Annual report of the Punjab Veterinary College and of the Civil Veterinary Department, Punjab - 1909-1919
Year: 1909
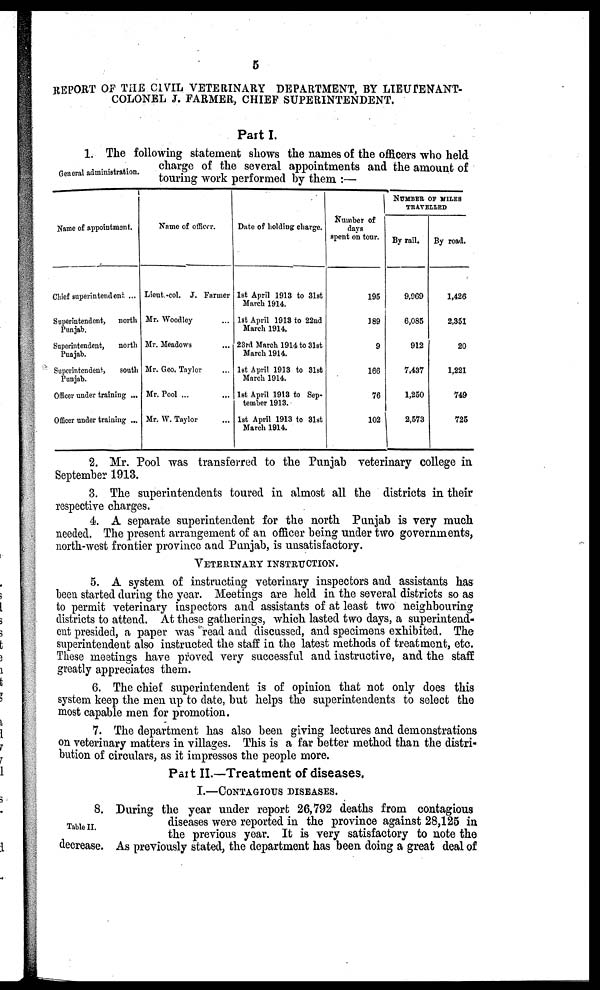
5
REPORT OF THE CIVIL VETERINARY DEPARTMENT, BY LIEUTENANT-
COLONEL J. FARMER, CHIEF SUPERINTENDENT.
Part I.
General administration.
1. The following statement shows the names of the officers who held
charge of the several appointments and the amount of
touring work performed by them:—
Name of appointment.
Chief superintendent ...
Superintendent,
north
Punjab.
Superintendent,
north
Punjab.
Superintendent,
south
Punjab.
Officer under training ...
Officer under training ...
Name of officer.
Lieut.-col. J. Farmer
Mr. Woodley ...
Mr. Meadows ...
Mr. Geo. Taylor ...
Mr. Pool ...
Mr. W. Taylor ...
Date of holding charge.
1st April 1913 to 31st
March 1914.
1st April 1913 to 22nd
March 1914.
23rd March 1914 to 31st
March 1914.
1st April 1913 to 31st
March 1914.
1st April 1913 to Sep-
tember 1913.
1st April 1913 to 31st
March 1914.
Number of
days
spent on tour.
195
389
9
166
76
102
NUMBER OF MILES
TRAVELLED
By rail.
9,969
6,085
912
7,437
1,250
2,573
By road.
1,426
2,351
20
1,221
749
725
2. Mr. Pool was transferred to the Punjab veterinary college in
September 1913.
3. The superintendents toured in almost all the districts in their
respective charges.
4 A separate superintendent for the north Punjab is very much
needed. The present arrangement of an officer being under two governments,
north-west frontier province and Punjab, is unsatisfactory.
VETERINARY
NSTRUCTION.
5. A system of instructing veterinary inspectors and assistants has
been started during the year. Meetings are held in the several districts so as
to permit veterinary inspectors and assistants of at least two neighbouring
districts to attend. At these gatherings, which lasted two days, a superintend-
ent presided, a paper was read and discussed, and specimens exhibited. The
superintendent also instructed the staff in the latest methods of treatment, etc.
These meetings have proved very successful and instructive, and the staff
greatly appreciates them.
6. The chief superintendent is of opinion that not only does this
system keep the men up to date, but helps the superintendents to select the
most capable men for promotion.
7. The department has also been giving lectures and demonstrations
on veterinary matters in villages. This is a far better method than the distri-
bution of circulars, as it impresses the people more.
Part II.—Treatment of diseases,
I.—CONTAGIOUS
DISEASE.
Table II.
8. During the year under report 26,792 deaths from contagious
diseases were reported in the province against 28,125 in
the previous year. It is very satisfactory to note the
decrease. As previously stated, the department has been doing a great deal of